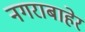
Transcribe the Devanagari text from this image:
नगराबाहेर